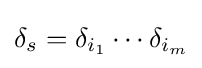
\delta _{s}=\delta _{i_{1}}\cdots \delta _{i_{m}}